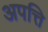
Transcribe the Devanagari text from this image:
अपत्ति